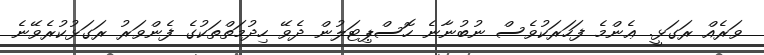
ވަރެއް ރަގަޅީ. ޢެންމެ ފަހަރަކުވެސް ނުބުނާނެ ހޮސްޕިޓަލުން ދެވޭ ހިދުމަތްތަކުގެ ފެންވަރު ރަގަޅުކުރެވޭނެ